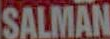
SALMAN